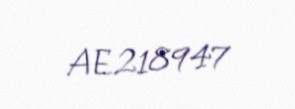
AE218947